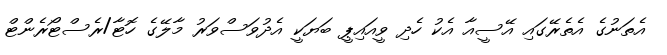
އެތަނުގެ އެތެރޭގައި އޭސީއާ އެކު ހެދި ވީއައިޕީ ބަޔަކީ އެދުވަސްވަރު މާލޭގެ ހޮޓާ/ރެސްޓޯރެންޓް